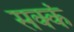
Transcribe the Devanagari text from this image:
सक्कं